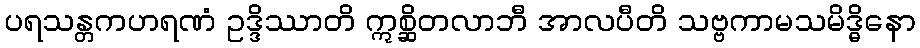
ပရသန္တကဟရဏံ ဥဒ္ဒိဿာတိ ဣစ္ဆိတလာဘီ အာလပီတိ သဗ္ဗကာမသမိဒ္ဓိနော